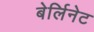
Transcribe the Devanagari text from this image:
बेर्लिनेट